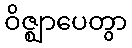
ဝိဇ္ဈာပေတွာ